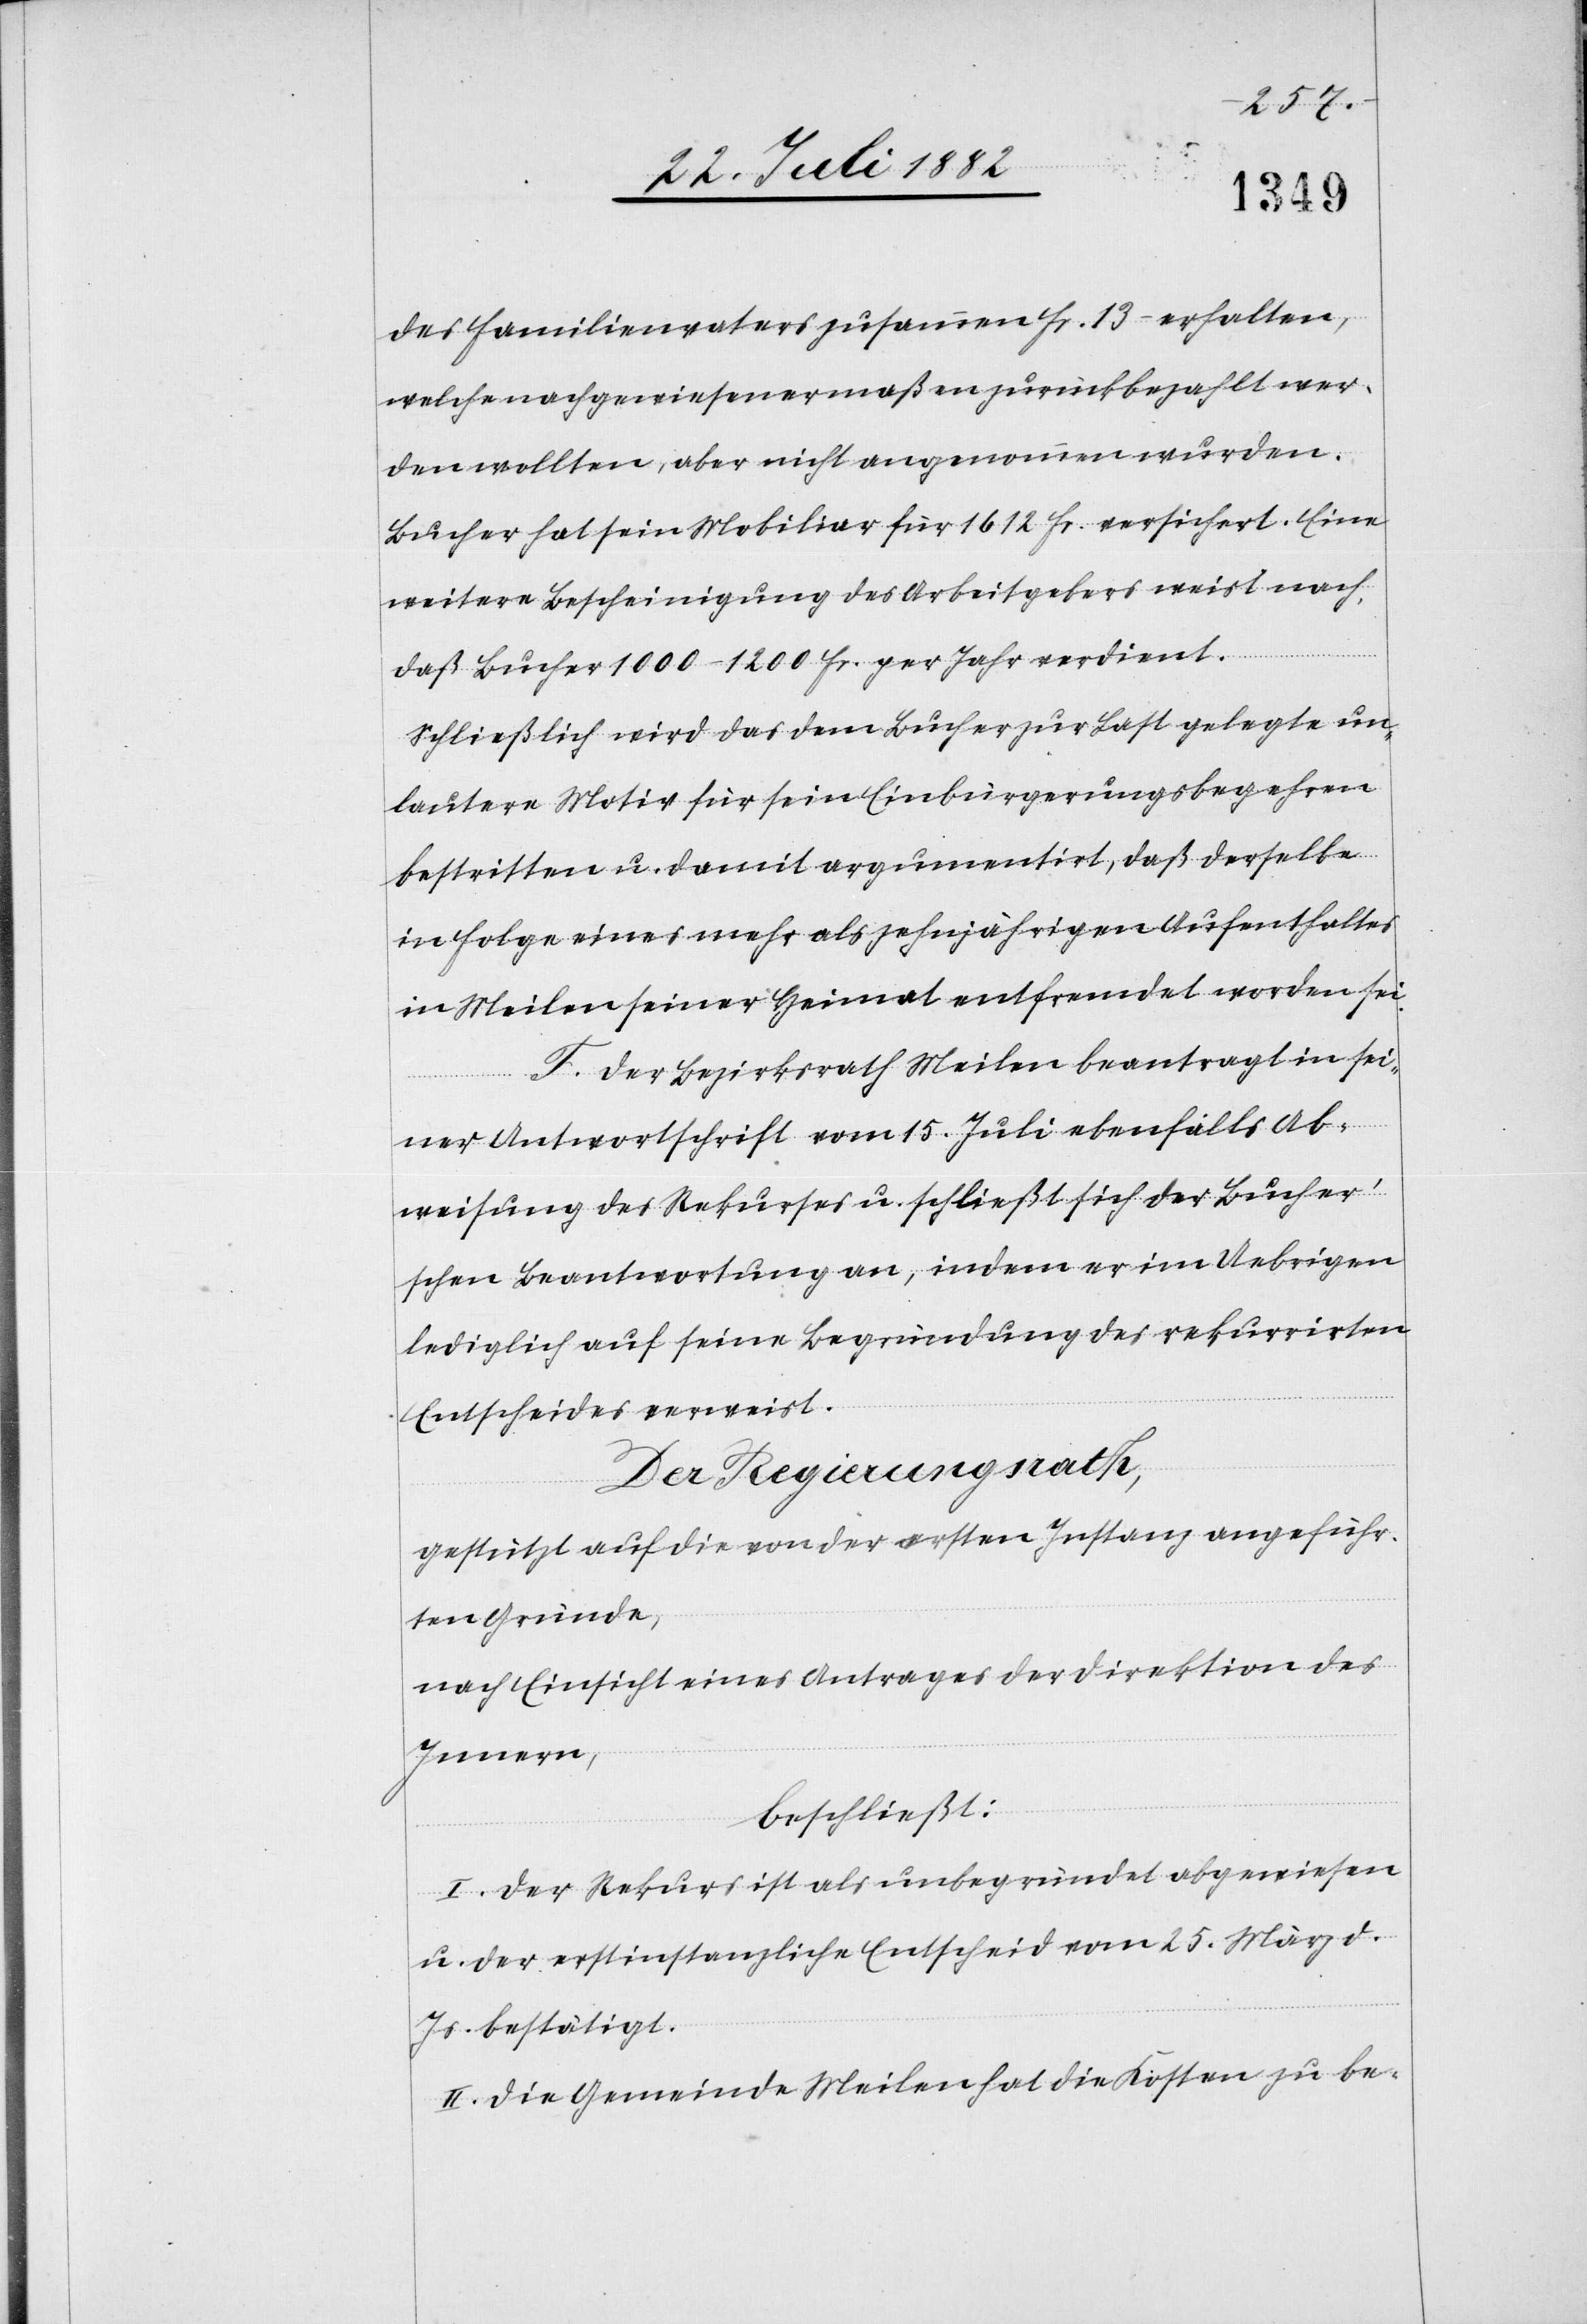
des Familienvaters zusammen Fr. 13– erhalten,
welche nachgewiesenermaßen zurückbezahlt wer¬
den wollten, aber nicht angenommen wurden.
Bucher hat sein Mobiliar für 1612 Fr. versichert. Eine
weitere Bescheinigung des Arbeitgebers weist nach,
daß Bucher 1000–1200 Fr. per Jahr verdiene.
Schließlich wird das dem Bucher zur Last gelegte un¬
lautere Motiv für sein Einbürgerungsbegehren
bestritten u. damit argumentirt, daß derselbe
in Folge eines mehr als zehnjährigen Aufenthaltes
in Meilen seiner Heimat entfremdet worden sei.
F. Der Bezirksrath Meilen beantragt in sei¬
ner Antwortschrift vom 15. Juli ebenfalls Ab¬
weisung des Rekurses u. schließt sich der Bucher’s¬
chen Beantwortung an, indem er im Uebrigen
lediglich auf seine Begründung des rekurrirten
Entscheides verweist.
Der Regierungsrath;
gestützt auf die von der ersten Instanz angeführ¬
ten Gründe,
nach Einsicht eines Antrages der Direktion des
Innern,
beschließt:
I. Der Rekurs ist als unbegründet abgewiesen
u. der erstinstanzliche Entscheid vom 25. März d.
Js. bestätigt.
II. Die Gemeinde Meilen hat die Kosten zu be-